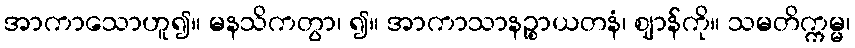
အာကာသောဟူ၍။ မနသိကတွာ၊ ၍။ အာကာသာနဉ္စာယတနံ၊ ဈာန်ကို။ သမတိက္ကမ္မ၊